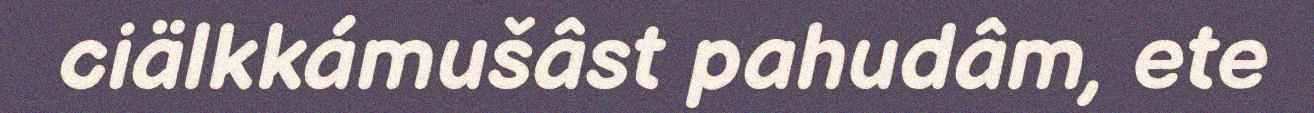
ciälkkámušâst pahudâm, ete